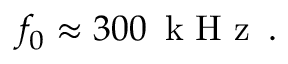
f _ { 0 } \approx 3 0 0 \, \mathrm { ~ k ~ H ~ z ~ } \, .